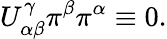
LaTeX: U_{\alpha\beta}^{\gamma}\pi^{\beta}\pi^{\alpha}\equiv 0.